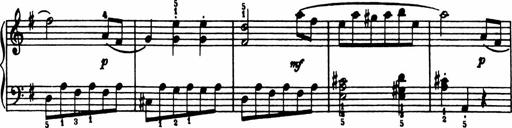
Title: Analytical Sonatinas
Composer: Frank Lynes